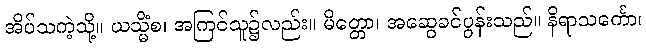
အိပ်သကဲ့သို့။ ယသ္မိံစ၊ အကြင်သူ၌လည်း။ မိတ္တော၊ အဆွေခင်ပွန်းသည်။ နိရာသင်္ကော၊